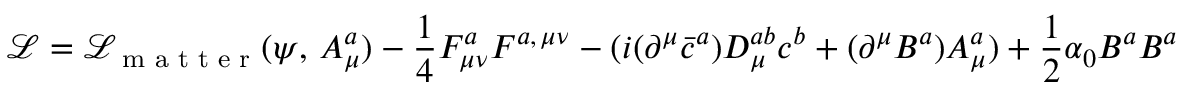
{ \mathcal { L } } = { \mathcal { L } } _ { \textrm { m a t t e r } } ( \psi , \, A _ { \mu } ^ { a } ) - { \frac { 1 } { 4 } } F _ { \mu \nu } ^ { a } F ^ { a , \, \mu \nu } - ( i ( \partial ^ { \mu } { \bar { c } } ^ { a } ) D _ { \mu } ^ { a b } c ^ { b } + ( \partial ^ { \mu } B ^ { a } ) A _ { \mu } ^ { a } ) + { \frac { 1 } { 2 } } \alpha _ { 0 } B ^ { a } B ^ { a }